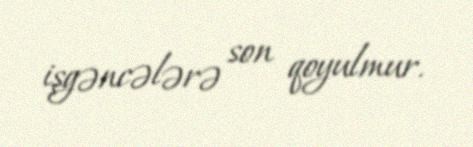
işgəncələrə son qoyulmur.